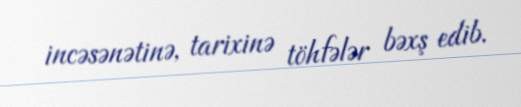
incəsənətinə, tarixinə töhfələr bəxş edib.